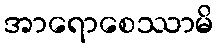
အာရောစေဿာမိ